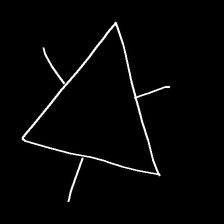
Glyph: fire